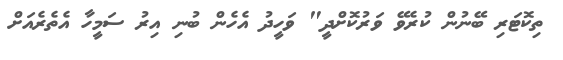
ތިކޮޓަރި ބޭނުން ކުރެވޭ ވަރުކޮށްދީ" ވަހީދު އެހެން ބުނި އިރު ސަމީހާ އެތެރެއަށް